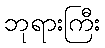
ဘုရားကြီး